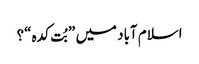
اسلام آباد میں ”بُت کدہ“؟